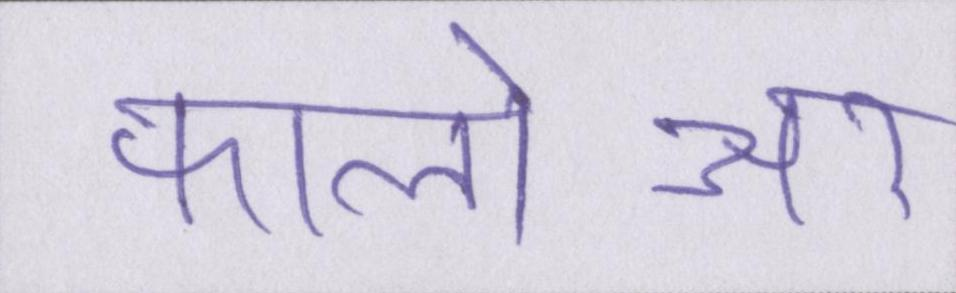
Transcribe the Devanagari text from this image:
फालोअर